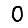
Digit: 0